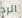
الرد